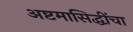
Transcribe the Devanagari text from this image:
अष्टमासिद्धींचा